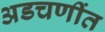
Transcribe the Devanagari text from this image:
अडचणींत